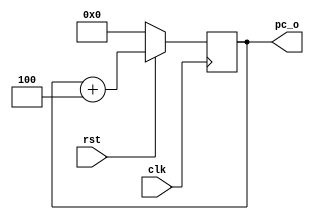
module pc_reg(
    input clk,
    input rst,
    output reg [31:0] pc_o
);

    always@(posedge clk)begin
        if(!rst)
            pc_o <= 32'b0;
        else
            pc_o <= pc_o + 3'd4;    // ROM4byte
    end

endmodule